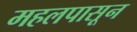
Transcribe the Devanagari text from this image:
महलपासून